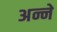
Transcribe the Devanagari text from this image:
अन्ने